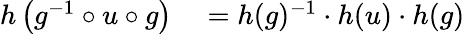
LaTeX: \begin{array}{rl}{h\left(g^{-1}\circ u\circ g\right)}&{{}=h(g)^{-1}\cdot h(u)\cdot h(g)}\end{array}